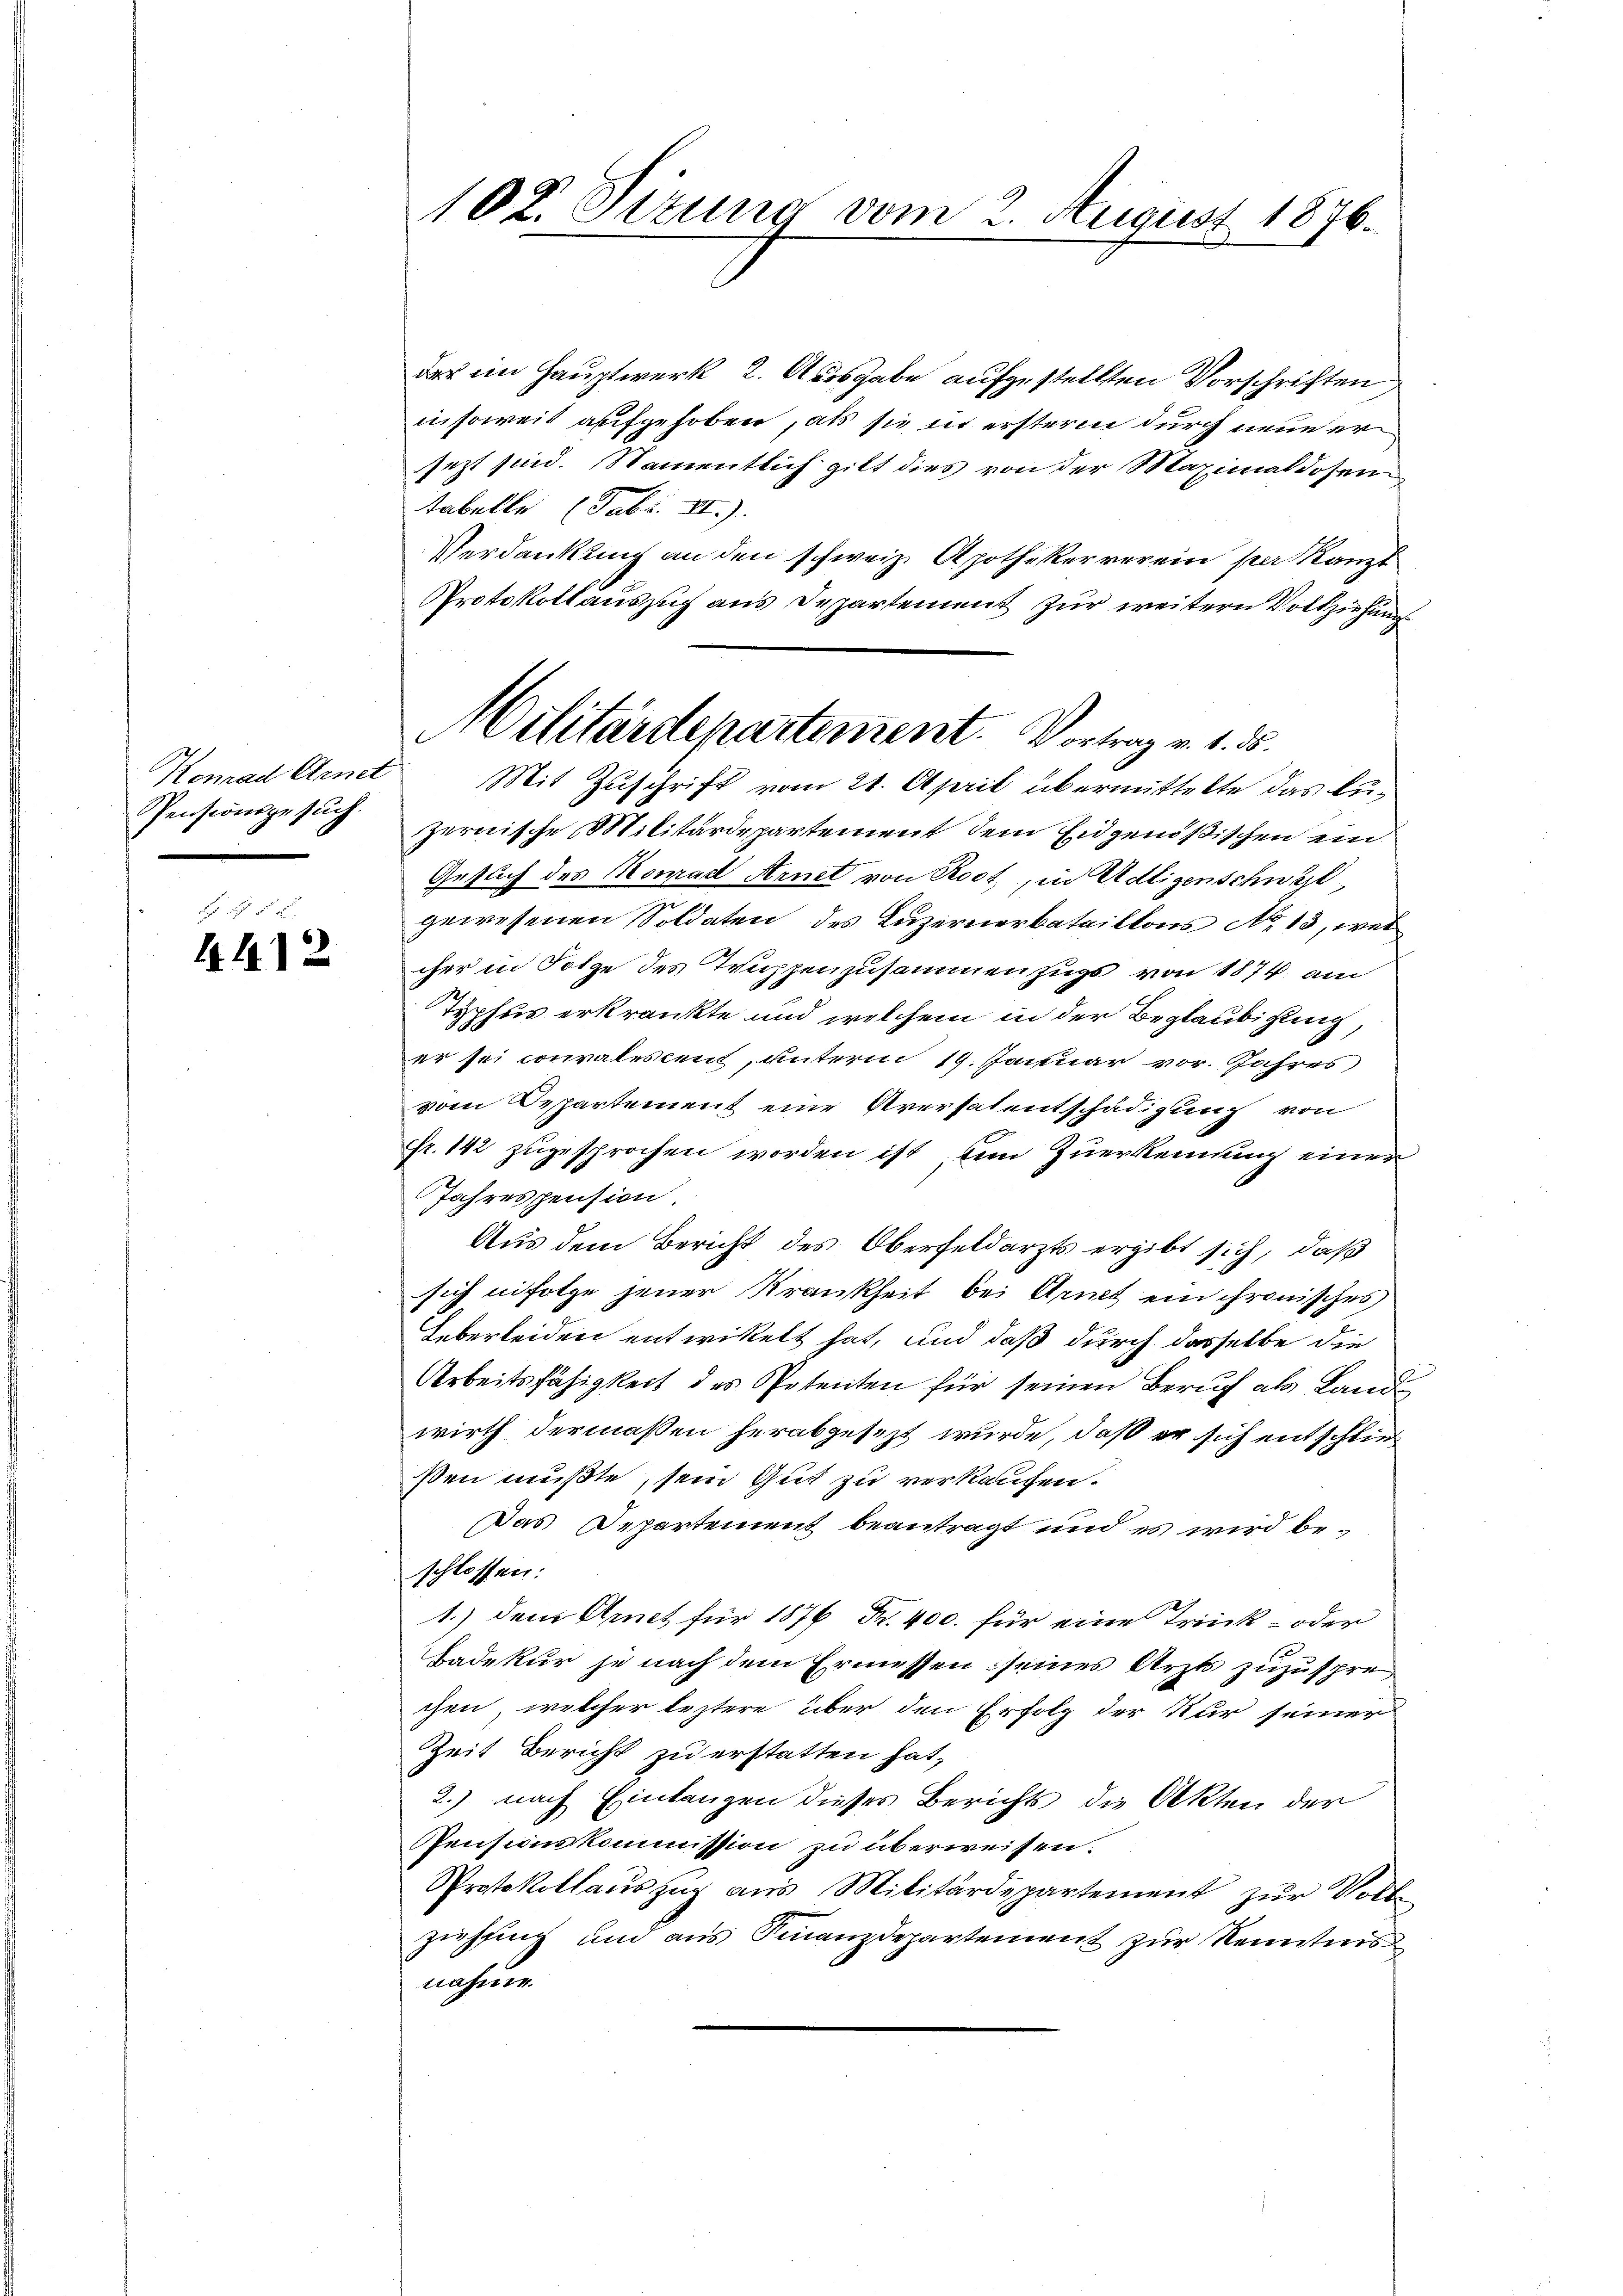
t ich 5
4412

102. Sizung vom 2. August 1876.

der im Hauptwerk 2. Ausgabe aufgestellten Vorschriften
insoweit aufgehoben, als sie in ersteren durch neue ersezt sind. Namentlich gilt dies von der Maximaldosen
tabelle (Fabt. II).
Verdankung an den schweiz. Apothekerverein par Kanzl
Protokoll auszug aus Departement zur weitern Vollziehung
Konrad Arnet Mit Zuschrift vom 21. April übermittelte das lu¬
Penköniges zernische Militärdepartement dem Eidgenößischen ein
Gesuch des Nomad Arnet von Root, in Adligenschwel
gewesenen Soldaten des Luzernerbataillons No 13, wel
cher in Folge des Truppenzusammenzugs von 1874 au
Typhus erkränkte und welchem in der Beglaubigung,
er sei convalescent, unterm 19. Januar vor. Jahres
vom Departement eine Aversalentschädigung von
fr. 142 zugesprochen worden ist, dem Zuerkennung einer
Jahrespension.
Aus dem Bericht des Oberfeldarzts ergibt sich, daß
sich infolge jener Krankheit bei Arnet ein chronisches
Ueberleiden entwickelt hat, und daß durch dasselbe die
Arbeitsfähigkeit des Petenten für seinen Beruf als Land
wirth dermaßen herabgesezt wurde, daß er sich entschließen mußte, sein Gut zu verkaufen.
Das Departement beantragt und es wird beschlossen:
1.) dem Arnet für 1876 Fr. 400. für eine Trink- oder
Badekur je nach dem Ermessen seines Arzts zuzusprechen, welcher leztere über den Erfolg der Kur seiner
Zeit Bericht zu erstatten hat,
2.) nach Einlangen dieses Berichts die Akten der
PPensionskommission zu überweisen.
Protokollauszug aus Militärdepartement zur Vollziehung und aus Finanzdepartement zur Kenntnis
nahmen

Militärdepartement. Vortrag v. 1. 35.